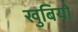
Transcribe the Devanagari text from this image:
खुबियों